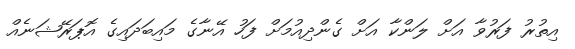
އިތުރު ފަރުވާ އަށް ލަންކާ އަށް ގެންދިއުމަށް ފަހު އޭނާގެ މައިބަދައިގެ އޮޕަރޭޝަނެއް